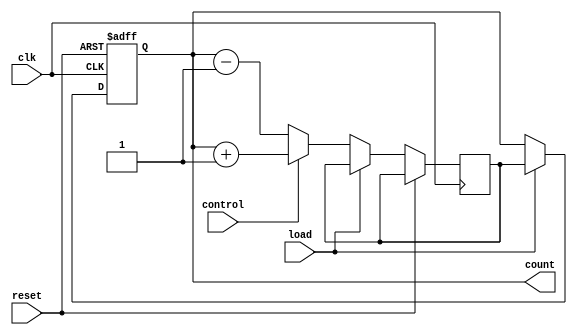
module up_down_counter (
    input wire clk,
    input wire reset,
    input wire load,
    input wire control,
    output reg [3:0] count
);

reg [3:0] next_count;

always @ (posedge clk or posedge reset) begin
    if (reset) begin
        count <= 0;
    end else if (load) begin
        count <= next_count;
    end else begin
        if (control) begin
            next_count <= count + 1;
        end else begin
            next_count <= count - 1;
        end
    end
end

endmodule